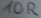
Text: 10R